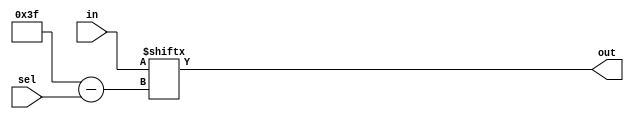
`timescale 1ns/1ns
module Multiplexer1bit64to1(in, sel, out);
    input[63:0] in;
    input[5:0] sel;
    output out;

    assign out=in[6'd63-sel];

endmodule